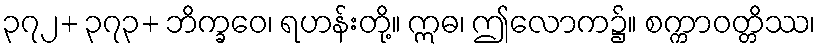
၃၇၂+ ၃၇၃+ ဘိက္ခဝေ၊ ရဟန်းတို့။ ဣဓ၊ ဤလောက၌။ စက္ကာဝတ္တိဿ၊